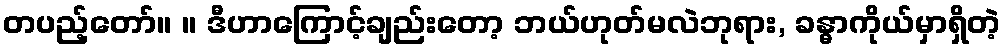
တပည့်တော်။ ။ ဒီဟာကြောင့်ချည်းတော့ ဘယ်ဟုတ်မလဲဘုရား, ခန္ဓာကိုယ်မှာရှိတဲ့